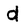
Character: d